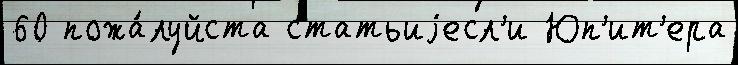
60 пожа́луйста статьиjесл'и Юп'ит'ера